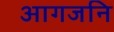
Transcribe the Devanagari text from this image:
आगजनि